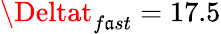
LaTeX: \Deltat_{f\mathfrak{a}st}=17.5